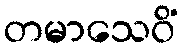
တမာသေဝိံ